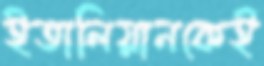
ইতালিয়ানকেই